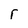
Character: r